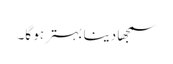
سمجھا دینا بہتر ہو گا۔